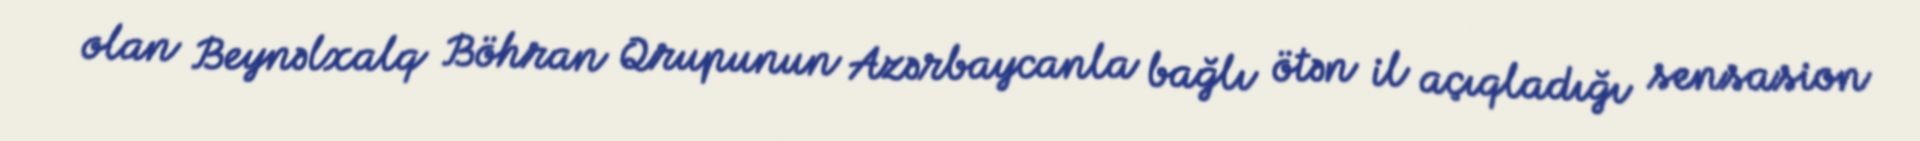
olan Beynəlxalq Böhran Qrupunun Azərbaycanla bağlı ötən il açıqladığı sensasion